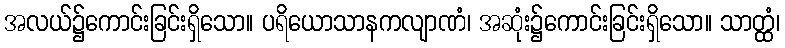
အလယ်၌ကောင်းခြင်းရှိသော။ ပရိယောသာနကလျာဏံ၊ အဆုံး၌ကောင်းခြင်းရှိသော။ သာတ္ထံ၊